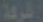
الشركة